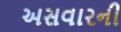
અસવારની